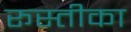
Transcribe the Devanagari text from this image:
रूस्तीका